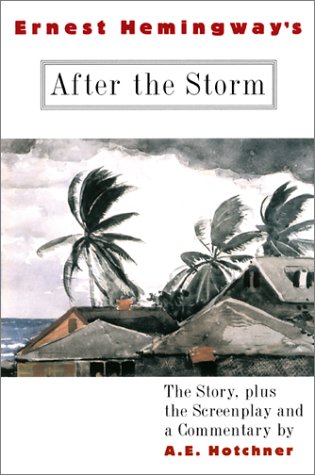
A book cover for Ernest Hemingway's After the Storm: The Story plus the Screenplay and a Commentary; A. E. Hotchner; Humor & Entertainment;